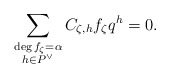
\begin{align*}\sum_{\substack{\deg f_\zeta = \alpha \\ h\in P^\vee}} C_{\zeta, h} f_\zeta q^h = 0.\end{align*}